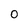
Character: O